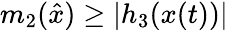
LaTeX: m_{2}({\hat{x}})\geq|h_{3}(x(t))|